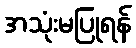
အသုံးမပြုရန်